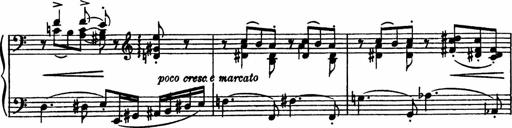
Title: Sonatilla
Composer: Mortimer Wilson
Key: C major